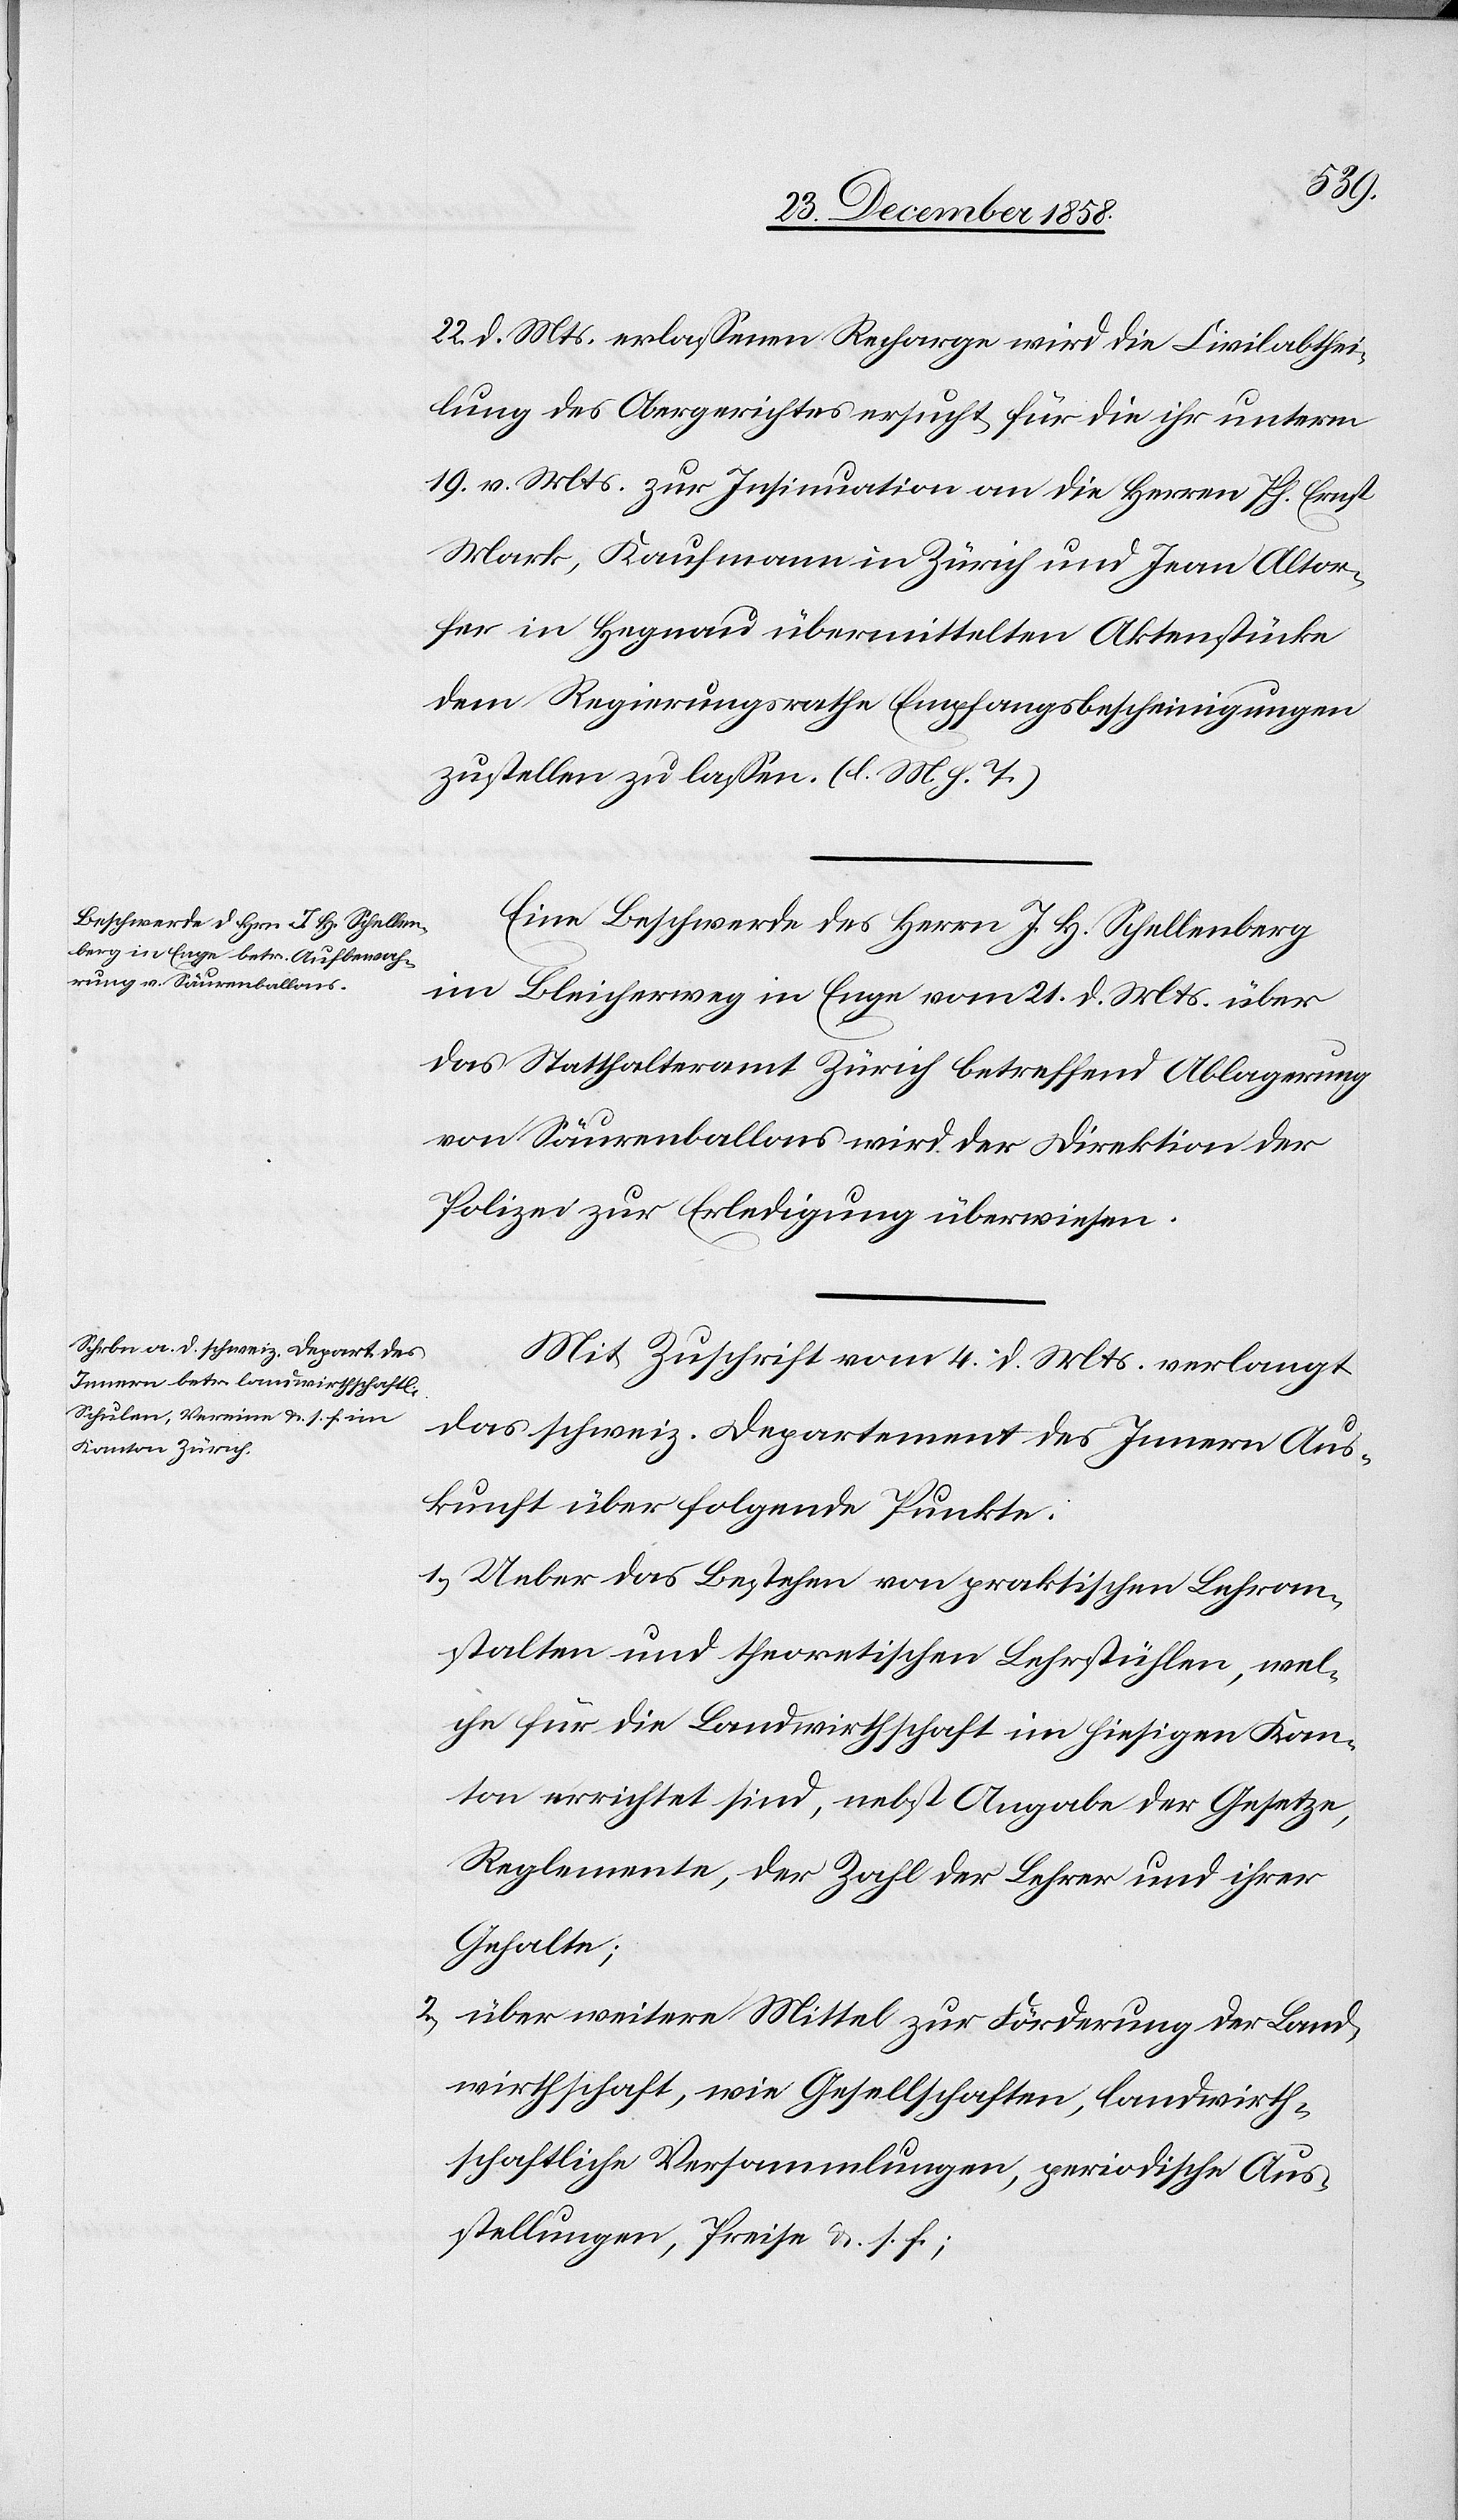
22. d. Mts. erlassenen Recharge wird die Civilabthei¬
lung des Obergerichtes ersucht, für die ihr unterm
19. v. Mts. zur Insinuation an die Herren Ph. Ernst
Mark, Kaufmann in Zürich und Jean Altor¬
fer in Hegnau übermittelten Aktenstücke
dem Regierungrathe Empfangsbescheinigungen
zustellen zu lassen. (l. M. h. T.)
Eine Beschwerde des Herrn J. H. Schellenberg
im Bleicherweg in Enge vom 21. d. Mts. über
das Statthalteramt Zürich betreffend Ablagerung
von Säurenballons wird der Direktion der
Polizei zur Erledigung überwiesen.
Mit Zuschrift vom 4. d. Mts. verlangt
das schweiz. Departement des Innern Aus¬
kunft über folgende Punkte:
Ueber das Bestehen von praktischen Lehran¬
stalten und theoretischen Lehrstühlen, wel¬
che für die Landwirthschaft im hiesigen Kan¬
ton errichtet sind, nebst Angabe der Gesetze,
Reglemente, der Zahl der Lehrer und ihrer
Gehalte;
über weitere Mittel zur Förderung der Land¬
wirthschaft, wie Gesellschaften, landwirth¬
schaftliche Versammlungen, periodische Aus¬
stellungen, Preise &. s. f.;